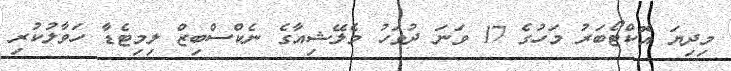
މިދިޔަ އޮކްޓޯބަރު މަހުގެ 17 ވަނަ ދުވަހު މެލޭޝިއާގެ ނެކްސްބިޒް ލިމިޓެޑާ ހަވާލުކުރި